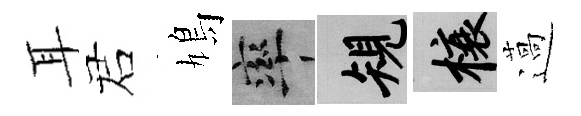
耳诺鳩率規榱薖